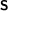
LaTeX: \boldsymbol { \mathsf { S } }